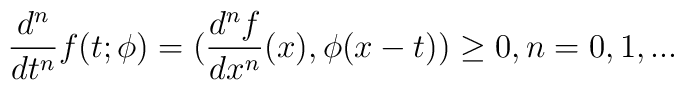
\frac{d^{n}}{dt^{n}} f(t;\phi ) =(\frac{d^{n}f}{dx^{n}}(x),\phi (x - t)) \geq 0, n = 0,1,...